Indian journal of veterinary science and animal husbandry - Volume 12,
Year: 1942
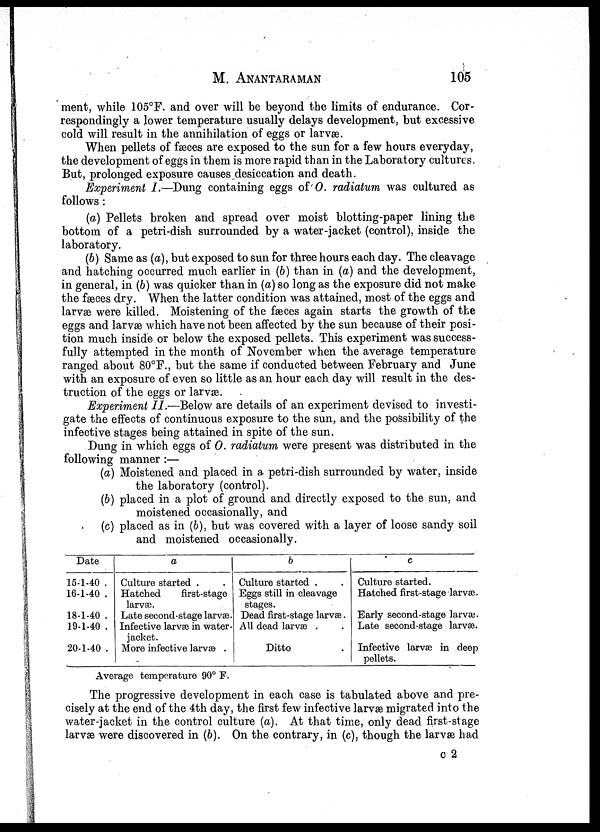
M.
ANANTARAMAN
105
ment, while 105°F. and over will be beyond the limits of endurance. Cor-
respondingly a lower temperature usually delays development, but excessive
cold will result in the annihilation of eggs or larvæ.
When pellets of fæces are exposed to the sun for a few hours everyday,
the development of eggs in them is more rapid than in the Laboratory cultures.
But, prolonged exposure causes desiccation and death.
Experiment I.—Dung containing eggs of O. radiatum was cultured as
follows:
(a) Pellets broken and spread over moist blotting-paper lining the
bottom of a petri-dish surrounded by a water-jacket (control), inside the
laboratory.
(b) Same as (a), but exposed to sun for three hours each day. The cleavage
and hatching occurred much earlier in (b) than in (a) and the development,
in general, in (b) was quicker than in (a) so long as the exposure did not make
the fæces dry. When the latter condition was attained, most of the eggs and
larvæ were killed. Moistening of the fæces again starts the growth of the
eggs and larvæ which have not been affected by the sun because of their posi-
tion much inside or below the exposed pellets. This experiment was success-
fully attempted in the month of November when the average temperature
ranged about 80°F., but the same if conducted between February and June
with an exposure of even so little as an hour each day will result in the des-
truction of the eggs or larvæ.
Experiment II.—Below are details of an experiment devised to investi-
gate the effects of continuous exposure to the sun, and the possibility of the
infective stages being attained in spite of the sun.
Dung in which eggs of O. radiatum were present was distributed in the
following manner :—
(a) Moistened and placed in a petri-dish surrounded by water, inside
the laboratory (control).
(b) placed in a plot of ground and directly exposed to the sun, and
moistened occasionally, and
(c) placed as in (b), but was covered with a layer of loose sandy soil
and moistened occasionally.
Date
15-1-40 .
16-1-40 .
18-1-40 .
19-1-40 .
20-1-40 .
a
Culture started . .
Hatched
first-stage
larvæ.
Late second-stage larvæ.
Infective larvæ in water-
jacket.
More infective larvæ .
b
Culture started . .
Eggs still in cleavage
stages.
Dead first-stage larvæ.
All dead larvæ . .
Ditto.
c
Culture started.
Hatched first-stage larvæ.
Early second-stage larvæ.
Late second-stage larvæ.
Infective larvæ in deep
pellets.
Average temperature 90° F.
The progressive development in each case is tabulated above and pre-
cisely at the end of the 4th day, the first few infective larvæ migrated into the
water-jacket in the control culture (a). At that time, only dead first-stage
larvæ were discovered in (b). On the contrary, in (c), though the larvæ had
C 2